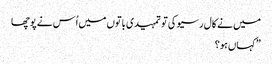
میں نے کال رسیو کی تو تمہیدی باتوں میں اُس نے پوچھا
” کہاں ہو ؟